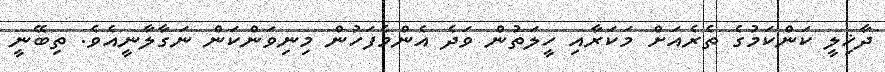
ދާޚިލީ ކަންކަމުގެ ތެރެއަަށް މަކަރާއި ހީލަތުން ވަދެ އެންމެފަހުން މިނިވަންކަން ނަގާލާނީއެވެ. ތިބޭނީ